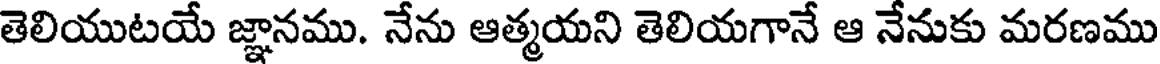
తెలియుటయే జ్ఞానము. నేను ఆత్మయని తెలియగానే ఆ నేనుకు మరణము